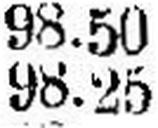
98.25